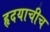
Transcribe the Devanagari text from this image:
हृदयाचीच